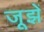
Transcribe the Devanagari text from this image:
जूझें